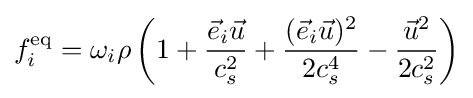
f_{i}^{\text{eq}}=\omega _{i}\rho \left(1+{\frac {{\vec {e}}_{i}{\vec {u}}}{c_{s}^{2}}}+{\frac {({\vec {e}}_{i}{\vec {u}})^{2}}{2c_{s}^{4}}}-{\frac {{\vec {u}}^{2}}{2c_{s}^{2}}}\right)